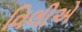
વિલીએ